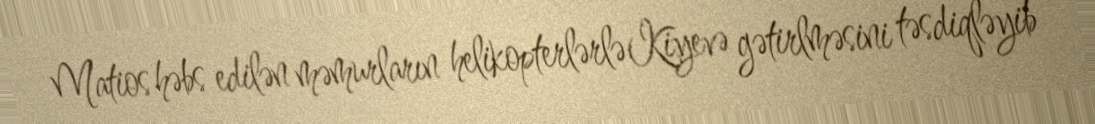
Matios həbs edilən məmurların helikopterlərlə Kiyevə gətirlməsini təsdiqləyib